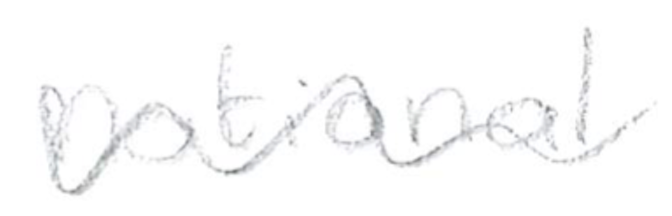
Text: national
Cross-out: mix
Writing tool: pencil